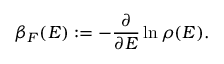
\beta _ { F } ( E ) \mathrel { \mathop : } = - \frac { \partial } { \partial E } \ln \rho ( E ) .